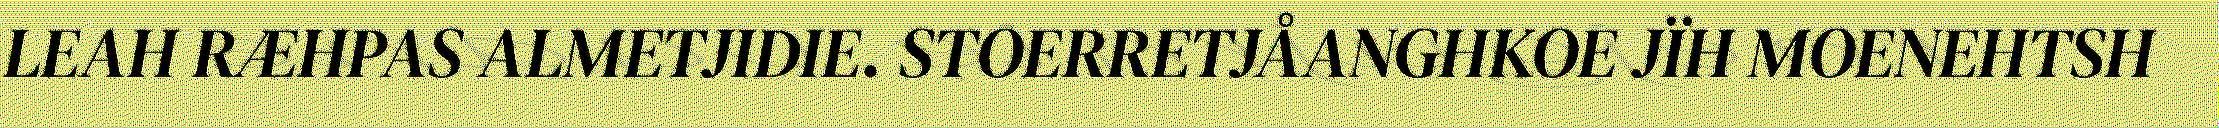
LEAH RÆHPAS ALMETJIDIE. STOERRETJÅANGHKOE JÏH MOENEHTSH